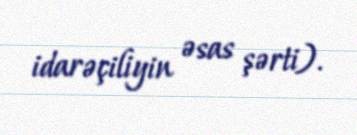
idarəçiliyin əsas şərti).